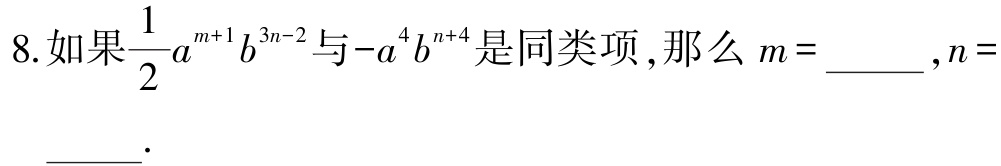
8.如果$\frac{1}{2}a^{m + 1}b^{3n - 2}$与$-a^{4}b^{n + 4}$是同类项，那么$m =$______，$n =$______.